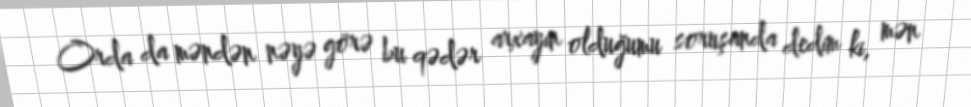
Orda da məndən nəyə görə bu qədər arxayın olduğumu soruşanda dedim ki, mən